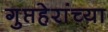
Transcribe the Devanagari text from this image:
गुप्तहेरांच्या